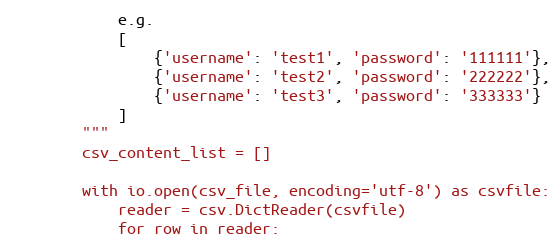
Language: Python
            e.g.
            [
                {'username': 'test1', 'password': '111111'},
                {'username': 'test2', 'password': '222222'},
                {'username': 'test3', 'password': '333333'}
            ]
        """
        csv_content_list = []

        with io.open(csv_file, encoding='utf-8') as csvfile:
            reader = csv.DictReader(csvfile)
            for row in reader: